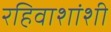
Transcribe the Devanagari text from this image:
रहिवाशांशी